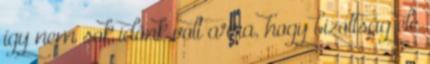
így nem sok időnk volt arra, hogy bizottság elé